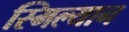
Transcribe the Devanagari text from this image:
स्मिल्यान